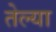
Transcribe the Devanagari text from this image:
तेल्या